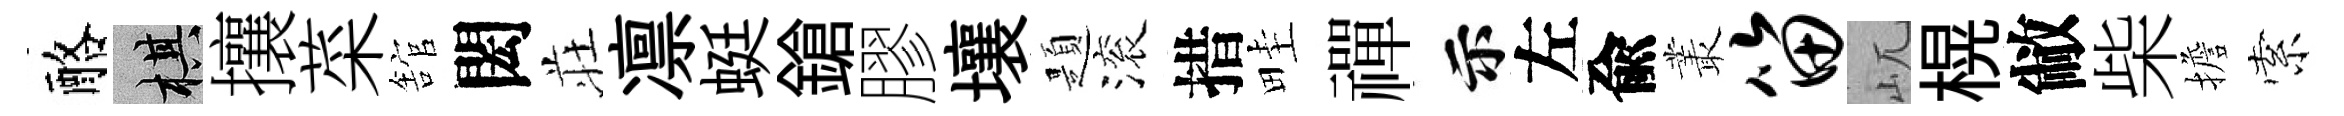
酪棋攘菜舘閎荘凛蜓鎗膠壤題滚措畦禪示左兪叢笛屼榥敝柴擔索